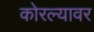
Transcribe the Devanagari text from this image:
कोरल्यावर